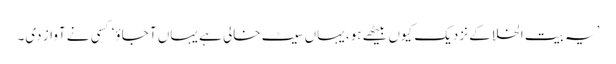
’یہ بیت الخلا کے نزدیک کیوں بیٹھے ہو، یہاں سیٹ خالی ہے یہاں آ جاؤ‘ کسی نے آواز دی۔